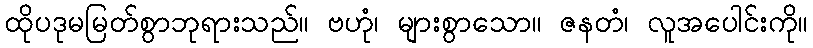
ထိုပဒုမမြတ်စွာဘုရားသည်။ ဗဟုံ၊ များစွာသော။ ဇနတံ၊ လူအပေါင်းကို။